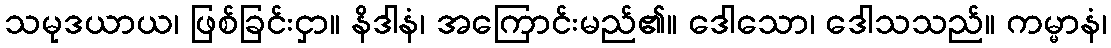
သမုဒယာယ၊ ဖြစ်ခြင်းငှာ။ နိဒါနံ၊ အကြောင်းမည်၏။ ဒေါသော၊ ဒေါသသည်။ ကမ္မာနံ၊